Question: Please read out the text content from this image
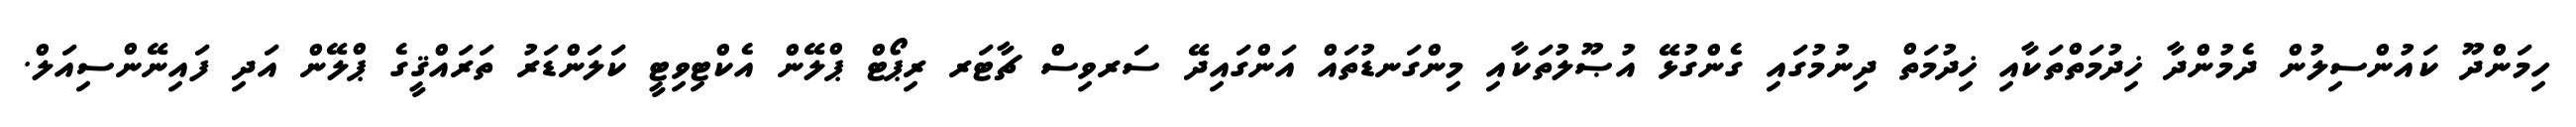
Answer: ހިމަންދޫ ކައުންސިލުން ދެމުންދާ ޚިދުމަތްތަކާއި ޚިދުމަތް ދިނުމުގައި ގެންގުޅޭ އުޞޫލުތަކާއި މިންގަނޑުތައް އަންގައިދޭ ސަރވިސް ޗާޓަރ ރިޕޯޓް ޕްލޭން އެކްޓިވިޓީ ކަލަންޑަރު ތަރައްޤީގެ ޕްލޭން އަދި ފައިނޭންސިއަލް.